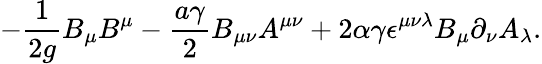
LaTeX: -{\frac{1}{2g}}B_{\mu}B^{\mu}-{\frac{a\gamma}{2}}B_{\mu\nu}A^{\mu\nu}+2\alpha\gamma\epsilon^{\mu\nu\lambda}B_{\mu}\partial_{\nu}A_{\lambda}.